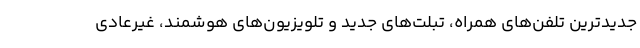
جدیدترین تلفن‌های همراه، تبلت‌های جدید و تلویزیون‌های هوشمند، غیرعادی